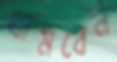
থামবেন